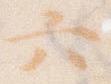
六